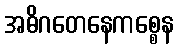
အဓိဂတေနေကစ္စေန